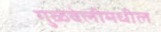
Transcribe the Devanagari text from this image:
गुळवेलीमधील